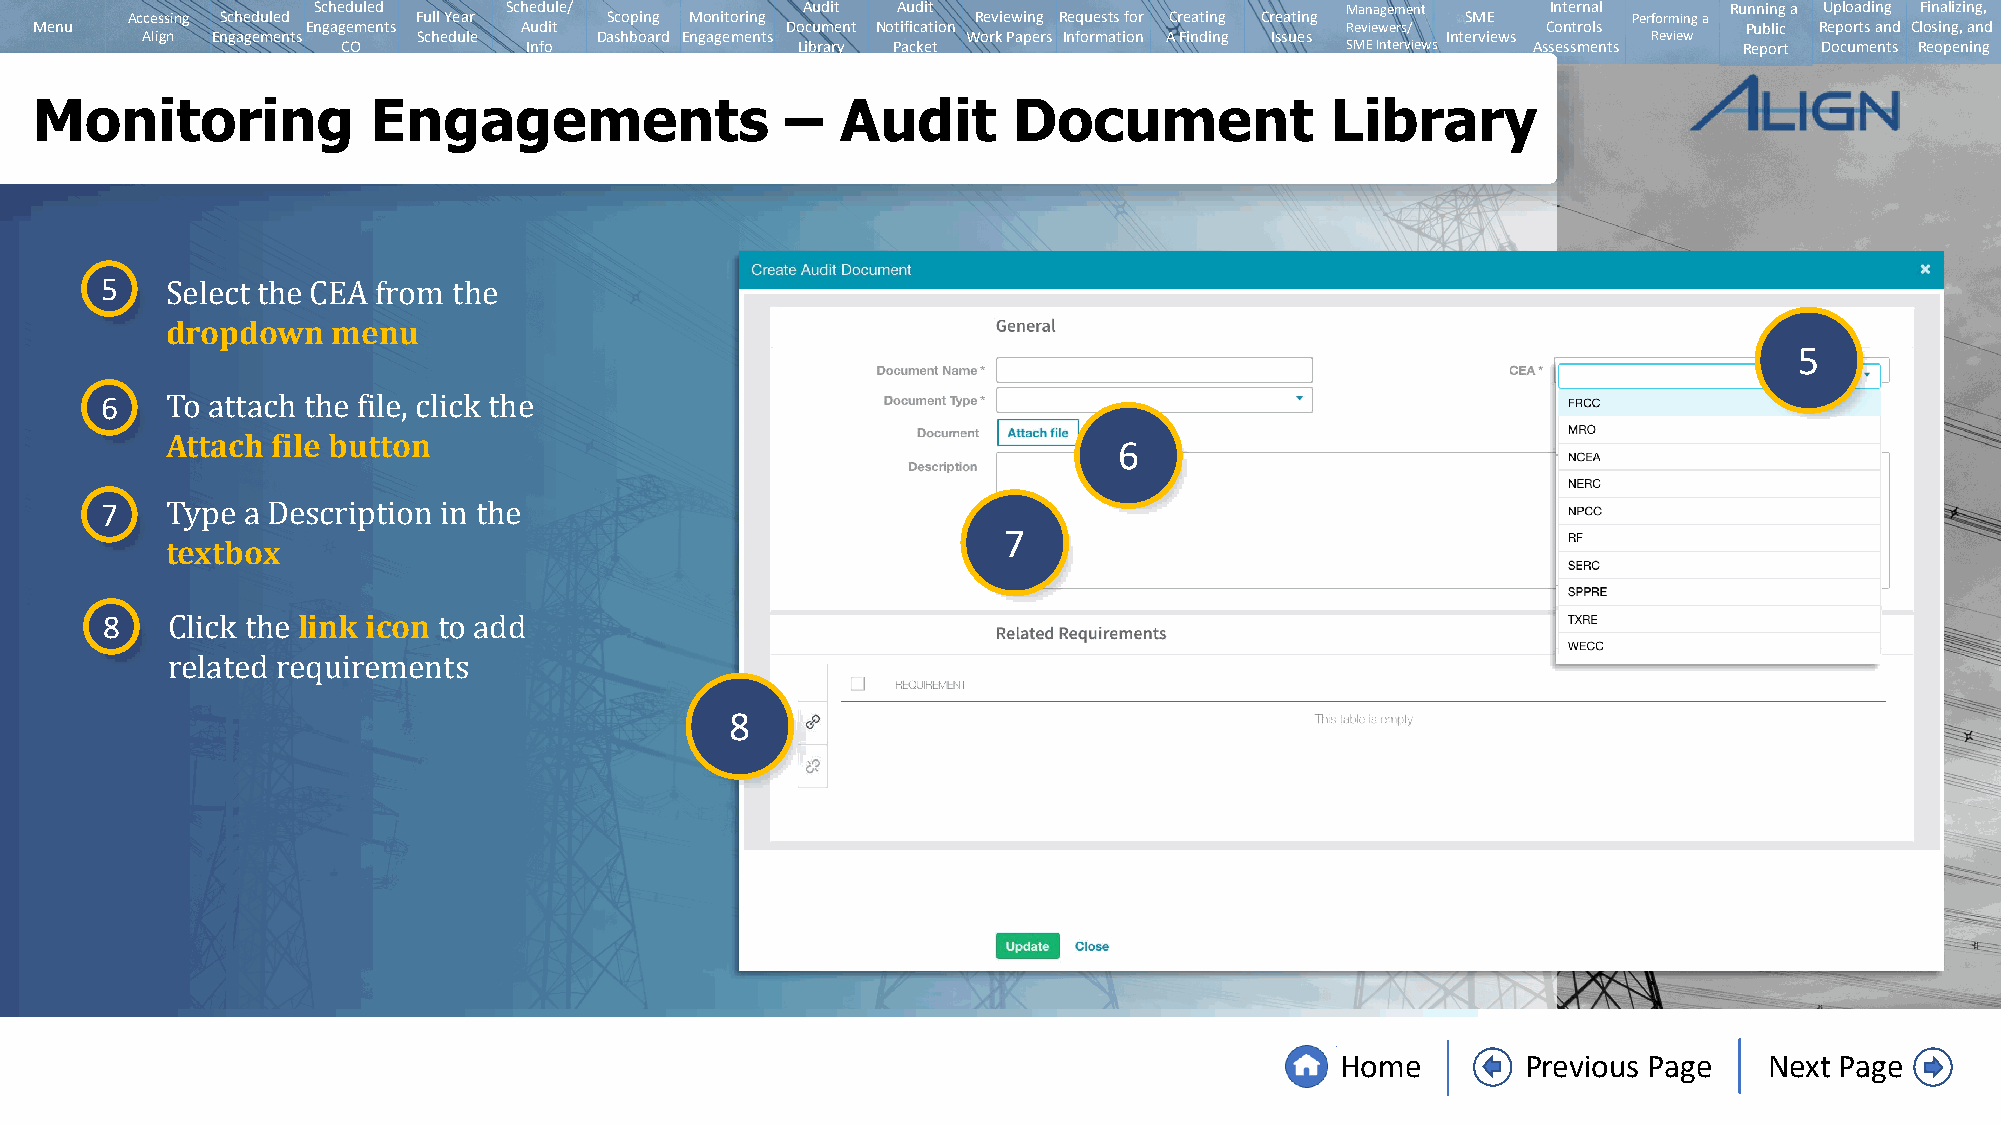
Scheduled   Schedule/           Audit Audit                         Management    Internal   Running a Uploading Finalizing,
 Accessing Scheduled Full Year   Scoping Monitoring       Reviewing Requests for Creating Creating SME Performing a
 Menu              Engagements   Audit             Document Notification                Reviewers/   Controls      Public Reports and Closing, and
 Align Engagements  Schedule   Dashboard Engagements    Work Papers Information A Finding Issues Interviews Review
 CO          Info              Library Packet                      SMEInterviews Assessments Report Documents Reopening
 Monitoring             Engagements                –   Audit      Document             Library
 5
 dropdown   menu
 5
 Select the CEA from the
 6
 Attach file button
 6
 To attach the file, click the
 7
 7
 textbox
 Type a Description in the
 8            link icon
 Click the         to add
 8
 related requirements
 Home        Previous Page   Next Page